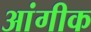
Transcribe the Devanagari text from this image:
आंगीक